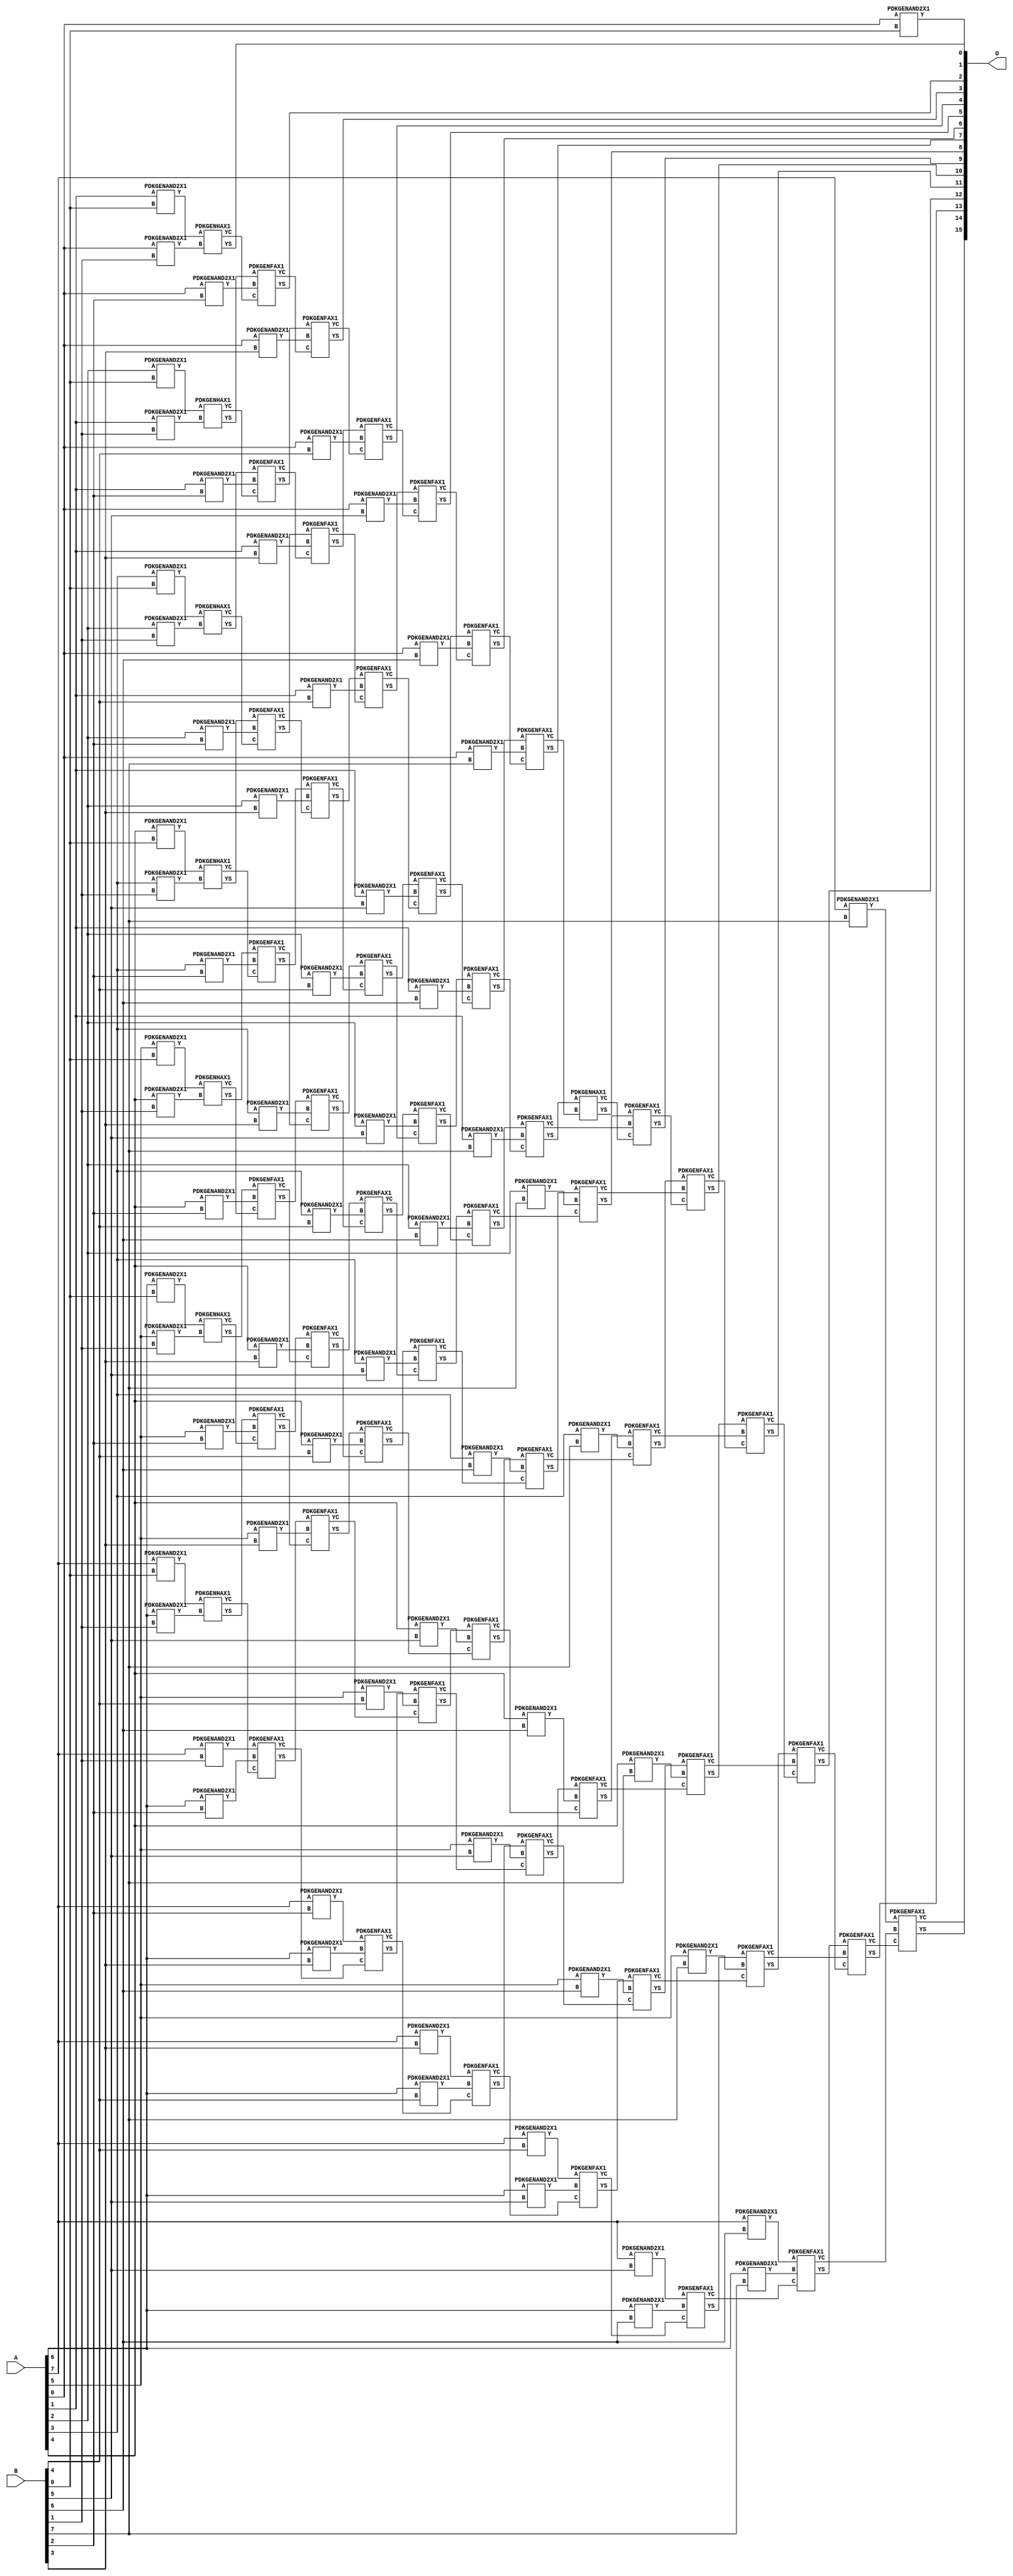
/***
* This code is a part of EvoApproxLib library (ehw.fit.vutbr.cz/approxlib) distributed under The MIT License.
* When used, please cite the following article(s): V. Mrazek, R. Hrbacek, Z. Vasicek and L. Sekanina, "EvoApprox8b: Library of approximate adders and multipliers for circuit design and benchmarking of approximation methods". Design, Automation & Test in Europe Conference & Exhibition (DATE), 2017, Lausanne, 2017, pp. 258-261. doi: 10.23919/DATE.2017.7926993 
* This file contains a circuit from a sub-set of pareto optimal circuits with respect to the pwr and mre parameters
***/
// MAE% = 0.00 %
// MAE = 0 
// WCE% = 0.00 %
// WCE = 0 
// WCRE% = 0.00 %
// EP% = 0.00 %
// MRE% = 0.00 %
// MSE = 0 
// PDK45_PWR = 0.391 mW
// PDK45_AREA = 709.6 um2
// PDK45_DELAY = 1.43 ns



module mul8u_1JFF(A, B, O);
  input [7:0] A;
  input [7:0] B;
  output [15:0] O;
  wire [2031:0] N;

  assign N[0] = A[0];
  assign N[1] = A[0];
  assign N[2] = A[1];
  assign N[3] = A[1];
  assign N[4] = A[2];
  assign N[5] = A[2];
  assign N[6] = A[3];
  assign N[7] = A[3];
  assign N[8] = A[4];
  assign N[9] = A[4];
  assign N[10] = A[5];
  assign N[11] = A[5];
  assign N[12] = A[6];
  assign N[13] = A[6];
  assign N[14] = A[7];
  assign N[15] = A[7];
  assign N[16] = B[0];
  assign N[17] = B[0];
  assign N[18] = B[1];
  assign N[19] = B[1];
  assign N[20] = B[2];
  assign N[21] = B[2];
  assign N[22] = B[3];
  assign N[23] = B[3];
  assign N[24] = B[4];
  assign N[25] = B[4];
  assign N[26] = B[5];
  assign N[27] = B[5];
  assign N[28] = B[6];
  assign N[29] = B[6];
  assign N[30] = B[7];
  assign N[31] = B[7];

  PDKGENAND2X1 n32(.A(N[0]), .B(N[16]), .Y(N[32]));
  PDKGENAND2X1 n48(.A(N[2]), .B(N[16]), .Y(N[48]));
  PDKGENAND2X1 n64(.A(N[4]), .B(N[16]), .Y(N[64]));
  PDKGENAND2X1 n82(.A(N[6]), .B(N[16]), .Y(N[82]));
  PDKGENAND2X1 n98(.A(N[8]), .B(N[16]), .Y(N[98]));
  PDKGENAND2X1 n114(.A(N[10]), .B(N[16]), .Y(N[114]));
  PDKGENAND2X1 n132(.A(N[12]), .B(N[16]), .Y(N[132]));
  PDKGENAND2X1 n148(.A(N[14]), .B(N[16]), .Y(N[148]));
  PDKGENAND2X1 n164(.A(N[0]), .B(N[18]), .Y(N[164]));
  PDKGENAND2X1 n182(.A(N[2]), .B(N[18]), .Y(N[182]));
  PDKGENAND2X1 n198(.A(N[4]), .B(N[18]), .Y(N[198]));
  PDKGENAND2X1 n214(.A(N[6]), .B(N[18]), .Y(N[214]));
  PDKGENAND2X1 n232(.A(N[8]), .B(N[18]), .Y(N[232]));
  PDKGENAND2X1 n248(.A(N[10]), .B(N[18]), .Y(N[248]));
  PDKGENAND2X1 n264(.A(N[12]), .B(N[18]), .Y(N[264]));
  PDKGENAND2X1 n282(.A(N[14]), .B(N[18]), .Y(N[282]));
  PDKGENHAX1 n298(.A(N[48]), .B(N[164]), .YS(N[298]), .YC(N[299]));
  PDKGENHAX1 n314(.A(N[64]), .B(N[182]), .YS(N[314]), .YC(N[315]));
  PDKGENHAX1 n332(.A(N[82]), .B(N[198]), .YS(N[332]), .YC(N[333]));
  PDKGENHAX1 n348(.A(N[98]), .B(N[214]), .YS(N[348]), .YC(N[349]));
  PDKGENHAX1 n364(.A(N[114]), .B(N[232]), .YS(N[364]), .YC(N[365]));
  PDKGENHAX1 n382(.A(N[132]), .B(N[248]), .YS(N[382]), .YC(N[383]));
  PDKGENHAX1 n398(.A(N[148]), .B(N[264]), .YS(N[398]), .YC(N[399]));
  PDKGENAND2X1 n414(.A(N[0]), .B(N[20]), .Y(N[414]));
  PDKGENAND2X1 n432(.A(N[2]), .B(N[20]), .Y(N[432]));
  PDKGENAND2X1 n448(.A(N[4]), .B(N[20]), .Y(N[448]));
  PDKGENAND2X1 n464(.A(N[6]), .B(N[20]), .Y(N[464]));
  PDKGENAND2X1 n482(.A(N[8]), .B(N[20]), .Y(N[482]));
  PDKGENAND2X1 n498(.A(N[10]), .B(N[20]), .Y(N[498]));
  PDKGENAND2X1 n514(.A(N[12]), .B(N[20]), .Y(N[514]));
  PDKGENAND2X1 n532(.A(N[14]), .B(N[20]), .Y(N[532]));
  PDKGENFAX1 n548(.A(N[314]), .B(N[414]), .C(N[299]), .YS(N[548]), .YC(N[549]));
  PDKGENFAX1 n564(.A(N[332]), .B(N[432]), .C(N[315]), .YS(N[564]), .YC(N[565]));
  PDKGENFAX1 n582(.A(N[348]), .B(N[448]), .C(N[333]), .YS(N[582]), .YC(N[583]));
  PDKGENFAX1 n598(.A(N[364]), .B(N[464]), .C(N[349]), .YS(N[598]), .YC(N[599]));
  PDKGENFAX1 n614(.A(N[382]), .B(N[482]), .C(N[365]), .YS(N[614]), .YC(N[615]));
  PDKGENFAX1 n632(.A(N[398]), .B(N[498]), .C(N[383]), .YS(N[632]), .YC(N[633]));
  PDKGENFAX1 n648(.A(N[282]), .B(N[514]), .C(N[399]), .YS(N[648]), .YC(N[649]));
  PDKGENAND2X1 n664(.A(N[0]), .B(N[22]), .Y(N[664]));
  PDKGENAND2X1 n682(.A(N[2]), .B(N[22]), .Y(N[682]));
  PDKGENAND2X1 n698(.A(N[4]), .B(N[22]), .Y(N[698]));
  PDKGENAND2X1 n714(.A(N[6]), .B(N[22]), .Y(N[714]));
  PDKGENAND2X1 n732(.A(N[8]), .B(N[22]), .Y(N[732]));
  PDKGENAND2X1 n748(.A(N[10]), .B(N[22]), .Y(N[748]));
  PDKGENAND2X1 n764(.A(N[12]), .B(N[22]), .Y(N[764]));
  PDKGENAND2X1 n782(.A(N[14]), .B(N[22]), .Y(N[782]));
  PDKGENFAX1 n798(.A(N[564]), .B(N[664]), .C(N[549]), .YS(N[798]), .YC(N[799]));
  PDKGENFAX1 n814(.A(N[582]), .B(N[682]), .C(N[565]), .YS(N[814]), .YC(N[815]));
  PDKGENFAX1 n832(.A(N[598]), .B(N[698]), .C(N[583]), .YS(N[832]), .YC(N[833]));
  PDKGENFAX1 n848(.A(N[614]), .B(N[714]), .C(N[599]), .YS(N[848]), .YC(N[849]));
  PDKGENFAX1 n864(.A(N[632]), .B(N[732]), .C(N[615]), .YS(N[864]), .YC(N[865]));
  PDKGENFAX1 n882(.A(N[648]), .B(N[748]), .C(N[633]), .YS(N[882]), .YC(N[883]));
  PDKGENFAX1 n898(.A(N[532]), .B(N[764]), .C(N[649]), .YS(N[898]), .YC(N[899]));
  PDKGENAND2X1 n914(.A(N[0]), .B(N[24]), .Y(N[914]));
  PDKGENAND2X1 n932(.A(N[2]), .B(N[24]), .Y(N[932]));
  PDKGENAND2X1 n948(.A(N[4]), .B(N[24]), .Y(N[948]));
  PDKGENAND2X1 n964(.A(N[6]), .B(N[24]), .Y(N[964]));
  PDKGENAND2X1 n982(.A(N[8]), .B(N[24]), .Y(N[982]));
  PDKGENAND2X1 n998(.A(N[10]), .B(N[24]), .Y(N[998]));
  PDKGENAND2X1 n1014(.A(N[12]), .B(N[24]), .Y(N[1014]));
  PDKGENAND2X1 n1032(.A(N[14]), .B(N[24]), .Y(N[1032]));
  PDKGENFAX1 n1048(.A(N[814]), .B(N[914]), .C(N[799]), .YS(N[1048]), .YC(N[1049]));
  PDKGENFAX1 n1064(.A(N[832]), .B(N[932]), .C(N[815]), .YS(N[1064]), .YC(N[1065]));
  PDKGENFAX1 n1082(.A(N[848]), .B(N[948]), .C(N[833]), .YS(N[1082]), .YC(N[1083]));
  PDKGENFAX1 n1098(.A(N[864]), .B(N[964]), .C(N[849]), .YS(N[1098]), .YC(N[1099]));
  PDKGENFAX1 n1114(.A(N[882]), .B(N[982]), .C(N[865]), .YS(N[1114]), .YC(N[1115]));
  PDKGENFAX1 n1132(.A(N[898]), .B(N[998]), .C(N[883]), .YS(N[1132]), .YC(N[1133]));
  PDKGENFAX1 n1148(.A(N[782]), .B(N[1014]), .C(N[899]), .YS(N[1148]), .YC(N[1149]));
  PDKGENAND2X1 n1164(.A(N[0]), .B(N[26]), .Y(N[1164]));
  PDKGENAND2X1 n1182(.A(N[2]), .B(N[26]), .Y(N[1182]));
  PDKGENAND2X1 n1198(.A(N[4]), .B(N[26]), .Y(N[1198]));
  PDKGENAND2X1 n1214(.A(N[6]), .B(N[26]), .Y(N[1214]));
  PDKGENAND2X1 n1232(.A(N[8]), .B(N[26]), .Y(N[1232]));
  PDKGENAND2X1 n1248(.A(N[10]), .B(N[26]), .Y(N[1248]));
  PDKGENAND2X1 n1264(.A(N[12]), .B(N[26]), .Y(N[1264]));
  PDKGENAND2X1 n1282(.A(N[14]), .B(N[26]), .Y(N[1282]));
  PDKGENFAX1 n1298(.A(N[1064]), .B(N[1164]), .C(N[1049]), .YS(N[1298]), .YC(N[1299]));
  PDKGENFAX1 n1314(.A(N[1082]), .B(N[1182]), .C(N[1065]), .YS(N[1314]), .YC(N[1315]));
  PDKGENFAX1 n1332(.A(N[1098]), .B(N[1198]), .C(N[1083]), .YS(N[1332]), .YC(N[1333]));
  PDKGENFAX1 n1348(.A(N[1114]), .B(N[1214]), .C(N[1099]), .YS(N[1348]), .YC(N[1349]));
  PDKGENFAX1 n1364(.A(N[1132]), .B(N[1232]), .C(N[1115]), .YS(N[1364]), .YC(N[1365]));
  PDKGENFAX1 n1382(.A(N[1148]), .B(N[1248]), .C(N[1133]), .YS(N[1382]), .YC(N[1383]));
  PDKGENFAX1 n1398(.A(N[1032]), .B(N[1264]), .C(N[1149]), .YS(N[1398]), .YC(N[1399]));
  PDKGENAND2X1 n1414(.A(N[0]), .B(N[28]), .Y(N[1414]));
  PDKGENAND2X1 n1432(.A(N[2]), .B(N[28]), .Y(N[1432]));
  PDKGENAND2X1 n1448(.A(N[4]), .B(N[28]), .Y(N[1448]));
  PDKGENAND2X1 n1464(.A(N[6]), .B(N[28]), .Y(N[1464]));
  PDKGENAND2X1 n1482(.A(N[8]), .B(N[28]), .Y(N[1482]));
  PDKGENAND2X1 n1498(.A(N[10]), .B(N[28]), .Y(N[1498]));
  PDKGENAND2X1 n1514(.A(N[12]), .B(N[28]), .Y(N[1514]));
  PDKGENAND2X1 n1532(.A(N[14]), .B(N[28]), .Y(N[1532]));
  assign N[1533] = N[1532];
  PDKGENFAX1 n1548(.A(N[1314]), .B(N[1414]), .C(N[1299]), .YS(N[1548]), .YC(N[1549]));
  PDKGENFAX1 n1564(.A(N[1332]), .B(N[1432]), .C(N[1315]), .YS(N[1564]), .YC(N[1565]));
  PDKGENFAX1 n1582(.A(N[1348]), .B(N[1448]), .C(N[1333]), .YS(N[1582]), .YC(N[1583]));
  PDKGENFAX1 n1598(.A(N[1364]), .B(N[1464]), .C(N[1349]), .YS(N[1598]), .YC(N[1599]));
  PDKGENFAX1 n1614(.A(N[1382]), .B(N[1482]), .C(N[1365]), .YS(N[1614]), .YC(N[1615]));
  PDKGENFAX1 n1632(.A(N[1398]), .B(N[1498]), .C(N[1383]), .YS(N[1632]), .YC(N[1633]));
  PDKGENFAX1 n1648(.A(N[1282]), .B(N[1514]), .C(N[1399]), .YS(N[1648]), .YC(N[1649]));
  PDKGENAND2X1 n1664(.A(N[0]), .B(N[30]), .Y(N[1664]));
  PDKGENAND2X1 n1682(.A(N[2]), .B(N[30]), .Y(N[1682]));
  PDKGENAND2X1 n1698(.A(N[4]), .B(N[30]), .Y(N[1698]));
  PDKGENAND2X1 n1714(.A(N[6]), .B(N[30]), .Y(N[1714]));
  PDKGENAND2X1 n1732(.A(N[8]), .B(N[30]), .Y(N[1732]));
  PDKGENAND2X1 n1748(.A(N[10]), .B(N[30]), .Y(N[1748]));
  PDKGENAND2X1 n1764(.A(N[12]), .B(N[30]), .Y(N[1764]));
  PDKGENAND2X1 n1782(.A(N[14]), .B(N[30]), .Y(N[1782]));
  PDKGENFAX1 n1798(.A(N[1564]), .B(N[1664]), .C(N[1549]), .YS(N[1798]), .YC(N[1799]));
  PDKGENFAX1 n1814(.A(N[1582]), .B(N[1682]), .C(N[1565]), .YS(N[1814]), .YC(N[1815]));
  PDKGENFAX1 n1832(.A(N[1598]), .B(N[1698]), .C(N[1583]), .YS(N[1832]), .YC(N[1833]));
  PDKGENFAX1 n1848(.A(N[1614]), .B(N[1714]), .C(N[1599]), .YS(N[1848]), .YC(N[1849]));
  PDKGENFAX1 n1864(.A(N[1632]), .B(N[1732]), .C(N[1615]), .YS(N[1864]), .YC(N[1865]));
  PDKGENFAX1 n1882(.A(N[1648]), .B(N[1748]), .C(N[1633]), .YS(N[1882]), .YC(N[1883]));
  PDKGENFAX1 n1898(.A(N[1533]), .B(N[1764]), .C(N[1649]), .YS(N[1898]), .YC(N[1899]));
  PDKGENHAX1 n1914(.A(N[1814]), .B(N[1799]), .YS(N[1914]), .YC(N[1915]));
  PDKGENFAX1 n1932(.A(N[1832]), .B(N[1815]), .C(N[1915]), .YS(N[1932]), .YC(N[1933]));
  PDKGENFAX1 n1948(.A(N[1848]), .B(N[1833]), .C(N[1933]), .YS(N[1948]), .YC(N[1949]));
  PDKGENFAX1 n1964(.A(N[1864]), .B(N[1849]), .C(N[1949]), .YS(N[1964]), .YC(N[1965]));
  PDKGENFAX1 n1982(.A(N[1882]), .B(N[1865]), .C(N[1965]), .YS(N[1982]), .YC(N[1983]));
  PDKGENFAX1 n1998(.A(N[1898]), .B(N[1883]), .C(N[1983]), .YS(N[1998]), .YC(N[1999]));
  PDKGENFAX1 n2014(.A(N[1782]), .B(N[1899]), .C(N[1999]), .YS(N[2014]), .YC(N[2015]));

  assign O[0] = N[32];
  assign O[1] = N[298];
  assign O[2] = N[548];
  assign O[3] = N[798];
  assign O[4] = N[1048];
  assign O[5] = N[1298];
  assign O[6] = N[1548];
  assign O[7] = N[1798];
  assign O[8] = N[1914];
  assign O[9] = N[1932];
  assign O[10] = N[1948];
  assign O[11] = N[1964];
  assign O[12] = N[1982];
  assign O[13] = N[1998];
  assign O[14] = N[2014];
  assign O[15] = N[2015];

endmodule


/* mod */
module PDKGENHAX1( input A, input B, output YS, output YC );
    assign YS = A ^ B;
    assign YC = A & B;
endmodule
/* mod */
module PDKGENAND2X1(input A, input B, output Y );
     assign Y = A & B;
endmodule
/* mod */
module PDKGENFAX1( input A, input B, input C, output YS, output YC );
    assign YS = (A ^ B) ^ C;
    assign YC = (A & B) | (B & C) | (A & C);
endmodule